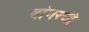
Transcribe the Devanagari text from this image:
बांगरची